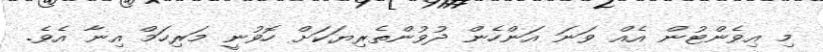
މި އިވެންޓުން އެއް ވަނަ އަންހެން ދުވުންތެރިޔަކަށް ހޮވުނީ މަރިހަމް އިނާ އެވެ.